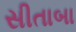
સીતાબા